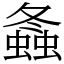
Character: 螽